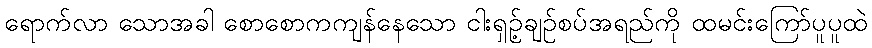
ရောက်လာ သောအခါ စောစောကကျန်နေသော ငါးရှဉ့်ချဉ်စပ်အရည်ကို ထမင်းကြော်ပူပူထဲ